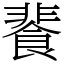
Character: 餥